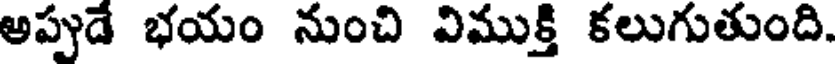
అప్పుడే భయం నుంచి విముక్తి కలుగుతుంది.